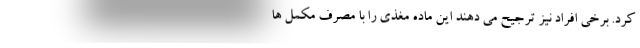
کرد. برخی افراد نیز ترجیح می دهند این ماده مغذی را با مصرف مکمل ها